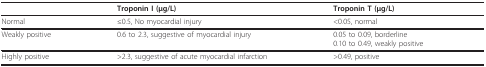
<table><thead><tr><td>[EMPTY_CELL]</td><td><b>Troponin I (μg/L)</b></td><td><b>Troponin T (μg/L)</b></td></tr></thead><tbody><tr><td>Normal</td><td>≤0.5, No myocardial injury</td><td>&lt;0.05, normal</td></tr><tr><td>Weakly positive</td><td>0.6 to 2.3, suggestive of myocardial injury</td><td>0.05 to 0.09, borderline0.10 to 0.49, weakly positive</td></tr><tr><td>Highly positive</td><td>&gt;2.3, suggestive of acute myocardial infarction</td><td>&gt;0.49, positive</td></tr></tbody></table>